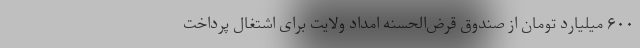
۶۰۰ میلیارد تومان از صندوق قرض‌الحسنه امداد ولایت برای اشتغال پرداخت